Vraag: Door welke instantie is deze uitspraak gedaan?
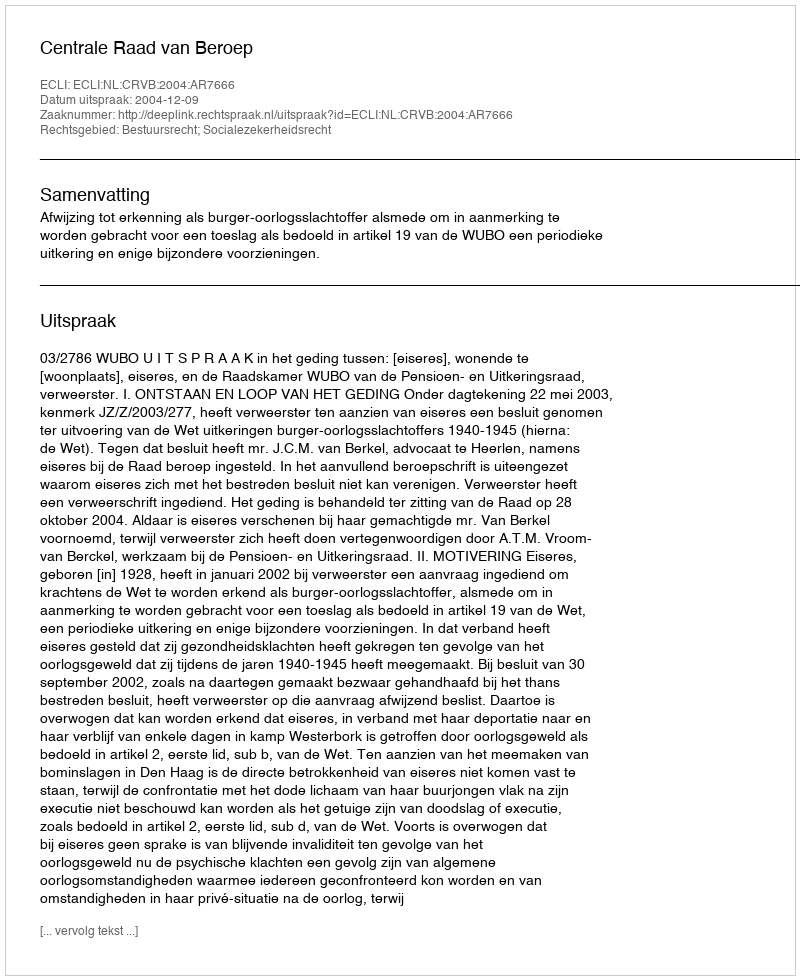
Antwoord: Centrale Raad van Beroep